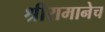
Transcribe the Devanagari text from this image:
श्रीरामानेच